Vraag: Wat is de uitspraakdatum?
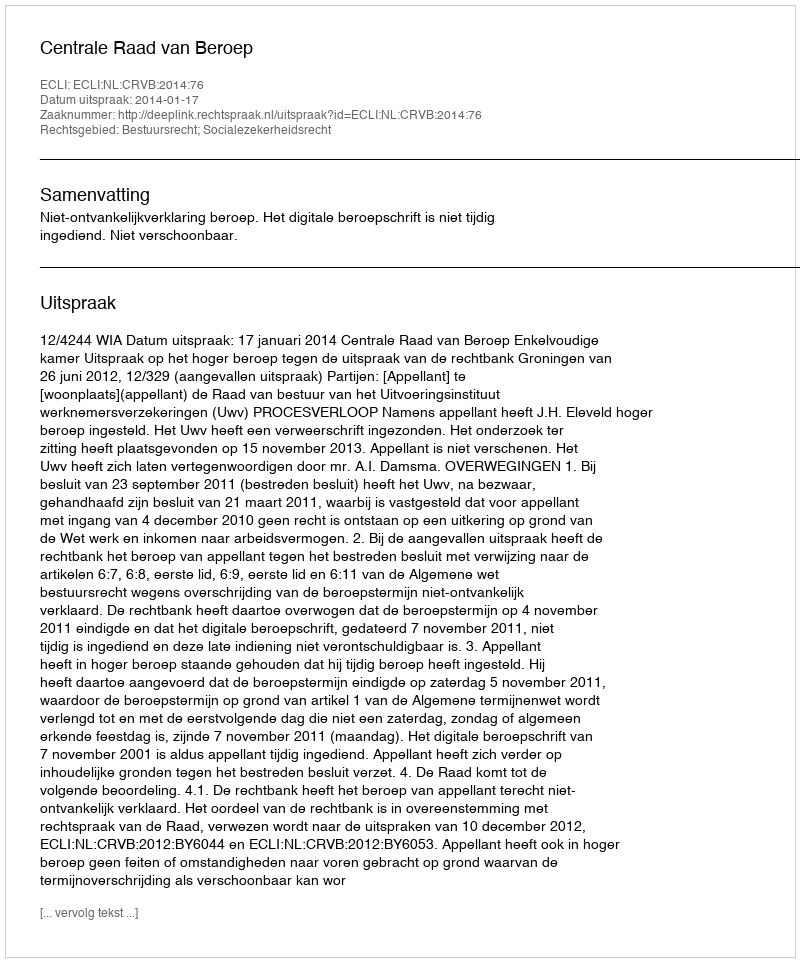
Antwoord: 2014-01-17